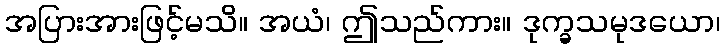
အပြားအားဖြင့်မသိ။ အယံ၊ ဤသည်ကား။ ဒုက္ခသမုဒယော၊